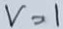
v = 1